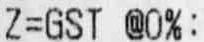
Z=GST @0%: